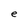
Character: e